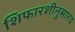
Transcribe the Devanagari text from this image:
शिफारशीनुसारच